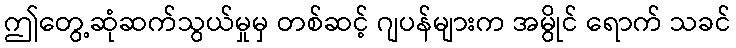
ဤတွေ့ဆုံဆက်သွယ်မှုမှ တစ်ဆင့် ဂျပန်များက အမွိုင် ရောက် သခင်